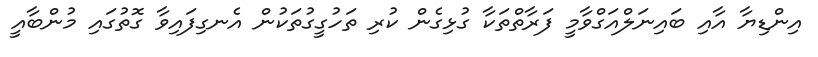
އިންޑިޔާ އާއި ބައިނަލްއަގްވާމީ ފަރާތްތަކާ ގުޅިގެން ކުރި ތަހުގީގުުތަކުން އެނގިފައިވާ ގޮތުގައި މުންބާއީ